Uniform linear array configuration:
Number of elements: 32
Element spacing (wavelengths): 0.75
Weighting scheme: hann
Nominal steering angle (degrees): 30
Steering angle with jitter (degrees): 30.533
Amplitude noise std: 0.05
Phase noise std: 0.05

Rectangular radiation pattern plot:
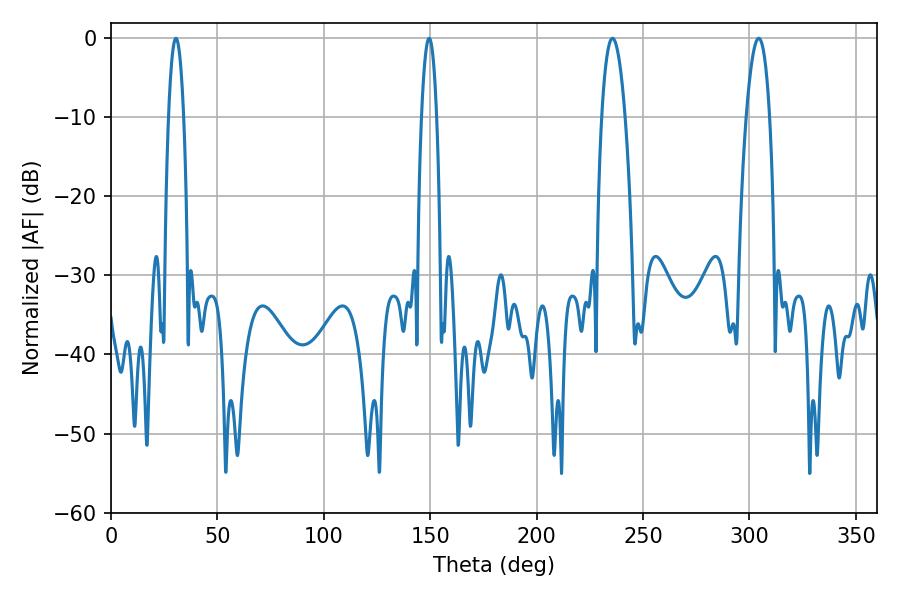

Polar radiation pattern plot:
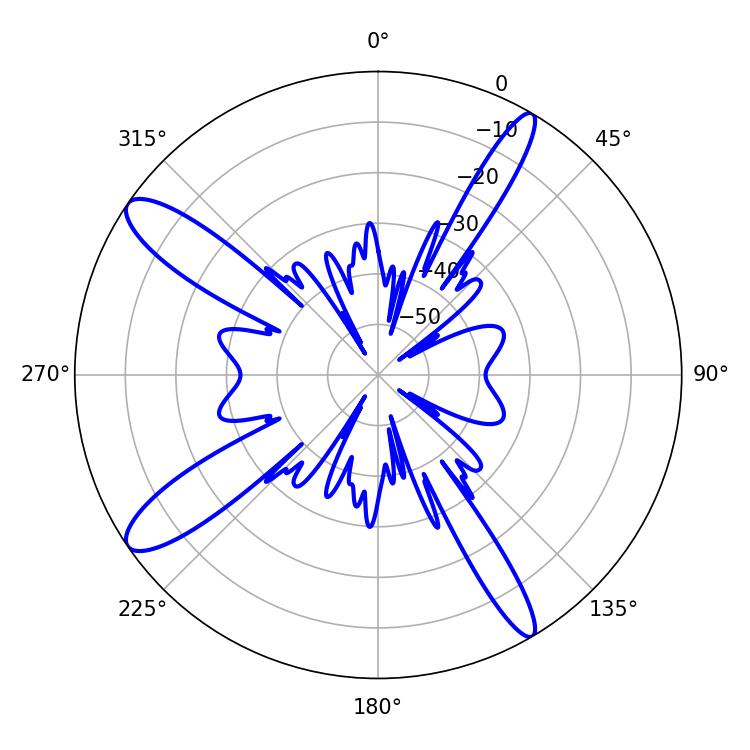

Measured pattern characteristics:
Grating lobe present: TRUE
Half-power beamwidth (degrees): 6.12
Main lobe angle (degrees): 235.62